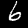
Label: 6